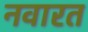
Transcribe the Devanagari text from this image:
नवारत